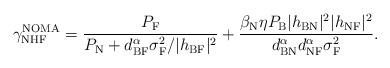
LaTeX: \begin{align*}\gamma_{\textrm{NHF}}^{\textrm{NOMA}}=\frac{P_\textrm{F} }{P_\textrm{N} + {d_{\textrm{BF}}^{\alpha} \sigma_{\textrm{F}}^2} / {|h_{\textrm{BF}}|^2}}+\frac{\beta_{\textrm{N}} \eta P_\textrm{B} |h_{\textrm{BN}}|^2 |h_{\textrm{NF}}|^2}{d_{\textrm{BN}}^{\alpha} d_{\textrm{NF}}^{\alpha} \sigma_{\textrm{F}}^2}.\end{align*}